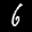
Label: 6